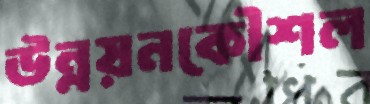
উন্নয়নকৌশল